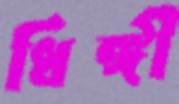
ধিঙ্গী